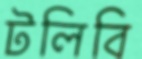
টলিবি